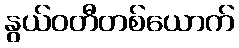
နွယ်ဝတီတစ်ယောက်